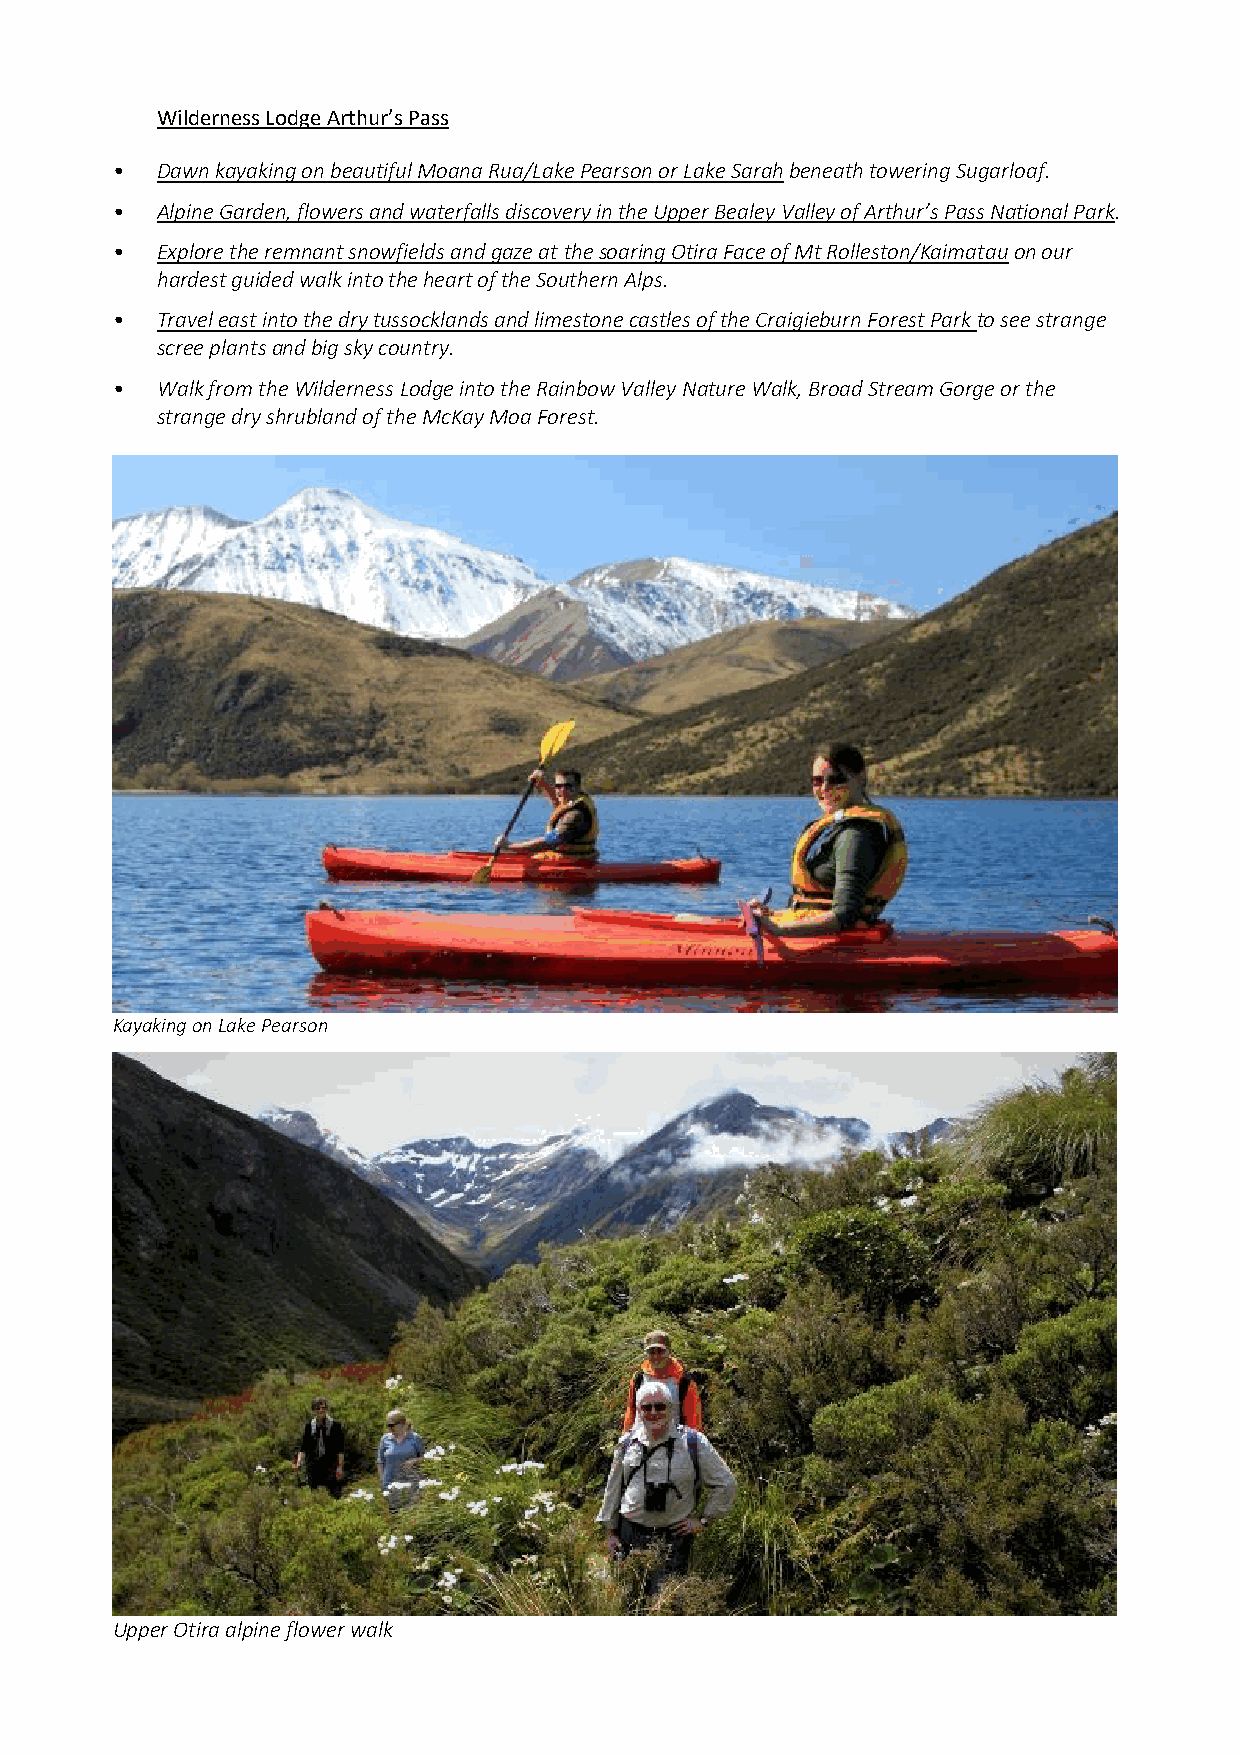
Wilderness Lodge Arthur’s Pass
 •  Dawn kayaking on beautiful Moana Rua/Lake Pearson or Lake Sarah beneath towering Sugarloaf.
 •  Alpine Garden, flowers and waterfalls discovery in the Upper Bealey Valley of Arthur’s Pass National Park.
 •  Explore the remnant snowfields and gaze at the soaring Otira Face of Mt Rolleston/Kaimatau on our
 hardest guided walk into the heart of the Southern Alps.
 •  Travel east into the dry tussocklands and limestone castles of the Craigieburn Forest Park to see strange
 scree plants and big sky country.
 •  Walk from the Wilderness Lodge into the Rainbow Valley Nature Walk, Broad Stream Gorge or the
 strange dry shrubland of the McKay Moa Forest.
 Kayaking on Lake Pearson
 Upper Otira alpine flower walk